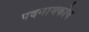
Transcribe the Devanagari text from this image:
पदनामकोष